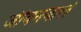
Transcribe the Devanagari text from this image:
जीवनवाले